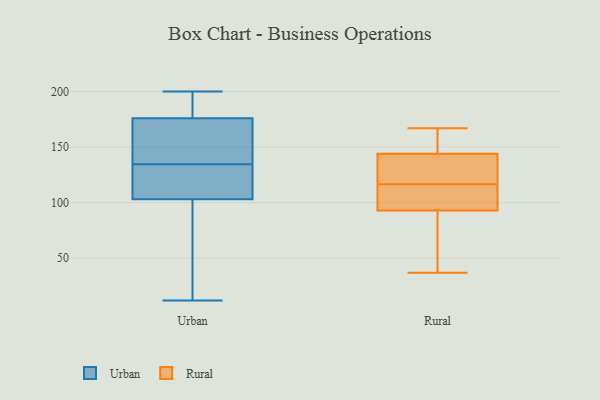
{"axis": {"x": "Website Visitors", "y": "Value"}, "legend": ["Rural", "Urban"], "data": [{"x": "", "y": 12, "type": "Urban"}, {"x": "", "y": 162, "type": "Urban"}, {"x": "", "y": 44, "type": "Urban"}, {"x": "", "y": 136, "type": "Urban"}, {"x": "", "y": 103, "type": "Urban"}, {"x": "", "y": 198, "type": "Urban"}, {"x": "", "y": 176, "type": "Urban"}, {"x": "", "y": 200, "type": "Urban"}, {"x": "", "y": 133, "type": "Urban"}, {"x": "", "y": 115, "type": "Urban"}, {"x": "", "y": 75, "type": "Rural"}, {"x": "", "y": 164, "type": "Rural"}, {"x": "", "y": 97, "type": "Rural"}, {"x": "", "y": 144, "type": "Rural"}, {"x": "", "y": 167, "type": "Rural"}, {"x": "", "y": 140, "type": "Rural"}, {"x": "", "y": 121, "type": "Rural"}, {"x": "", "y": 93, "type": "Rural"}, {"x": "", "y": 112, "type": "Rural"}, {"x": "", "y": 37, "type": "Rural"}]}